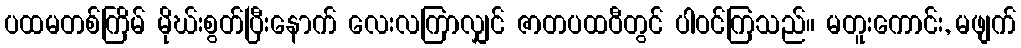
ပထမတစ်ကြိမ် မိုဃ်းစွတ်ပြီးနောက် လေးလကြာလျှင် ဇာတပထဝီတွင် ပါဝင်ကြသည်။ မတူးကောင်း, မဖျက်